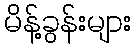
မိန့်ခွန်းများ